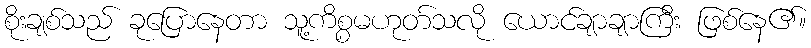
စိုးချစ်သည် ခုပြောနေတာ သူ့ကိစ္စမဟုတ်သလို ယောင်ချာချာကြီး ဖြစ်နေ၏။